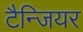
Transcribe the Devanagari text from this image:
टैन्जियर